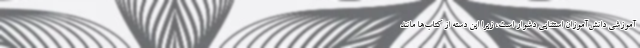
آموزشی دانش‌آموزان استثنایی دشوار است، زیرا این دسته از کتاب‌ها مانند